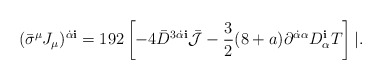
\begin{align*}({\bar \sigma}^\mu J_\mu)^{\dot\alpha {\mathbf i}} =192 \left[ -4 {\bar D}^{3\dot\alpha {\mathbf i}}{\bar{\cal J}} -\frac{3}{2} (8+a) \partial^{\dot\alpha\alpha} D_\alpha^{\mathbf i}T \right] | . \end{align*}